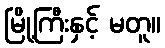
မြို့ကြီးနှင့် မတူ။